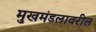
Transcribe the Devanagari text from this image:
मुखमंडलावरील